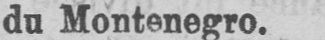
du Montenegro.